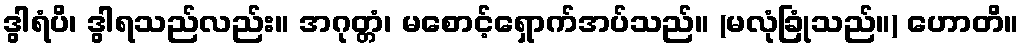
ဒွါရံပိ၊ ဒွါရသည်လည်း။ အဂုတ္တံ၊ မစောင့်ရှောက်အပ်သည်။ (မလုံခြုံသည်။) ဟောတိ။